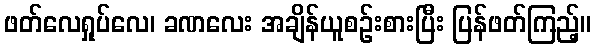
ဖတ်လေရှုပ်လေ၊ ခဏလေး အချိန်ယူစဉ်းစားပြီး ပြန်ဖတ်ကြည့်။